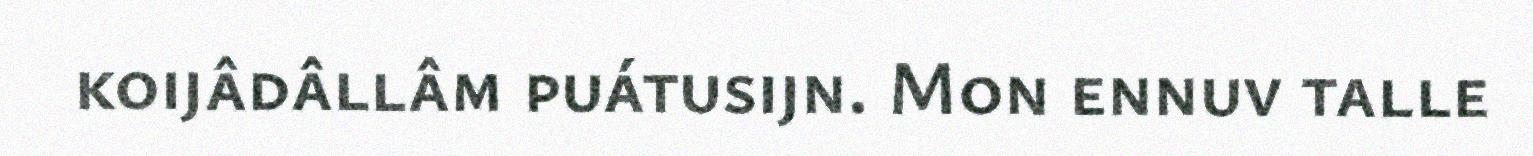
koijâdâllâm puátusijn. Mon ennuv talle